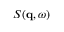
S ( \mathbf { q } , \omega )